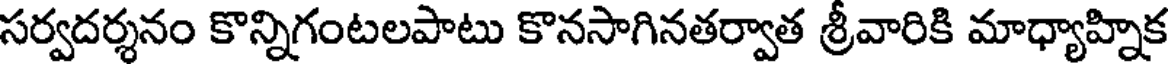
సర్వదర్శనం కొన్నిగంటలపాటు కొనసాగినతర్వాత శ్రీవారికి మాధ్యాహ్నిక